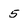
Character: 5